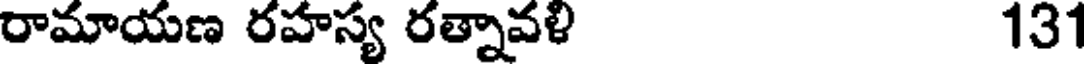
రామాయణ రహస్య రత్నావళి 131